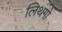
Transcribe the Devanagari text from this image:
लिथगो